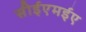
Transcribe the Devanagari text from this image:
सीईएमईए